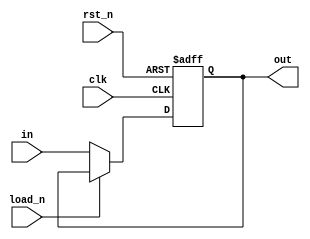
`timescale 1ns / 1ps
//////////////////////////////////////////////////////////////////////////////////
// Company: 
// Engineer: 
// 
// Design Name: 
// Module Name: load_reg
// Project Name: 
// Target Devices: 
// Tool Versions: 
// Description: 
// 
// Dependencies: 
// 
// Revision:
// Revision 0.01 - File Created
// Additional Comments:
// 
//////////////////////////////////////////////////////////////////////////////////


module load_reg(
    output reg [3:0] out,
    input [3:0] in,
    input load_n,
    input clk,
    input rst_n
    );
    
    reg [3:0] next_out;
    
    always @(posedge clk or negedge rst_n)
    begin
        if(rst_n ==0)
            out <= 4'd0;
        else
            out <= next_out;
    end
    
    always @*
    begin
        if(load_n == 0)
            next_out = in;
        else
            next_out = out;
    end
    
endmodule